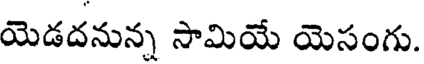
యెడదనున్న సామియే యెసంగు.